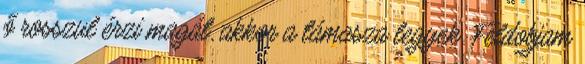
ő rosszul érzi magát, akkor a támasza legyek. Feldobjam